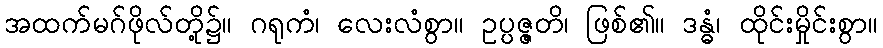
အထက်မဂ်ဖိုလ်တို့၌။ ဂရုကံ၊ လေးလံစွာ။ ဥပ္ပဇ္ဇတိ၊ ဖြစ်၏။ ဒန္ဓံ၊ ထိုင်းမှိုင်းစွာ။